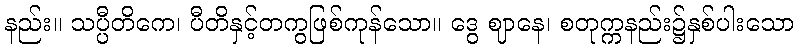
နည်း။ သပ္ပီတိကေ၊ ပီတိနှင့်တကွဖြစ်ကုန်သော။ ဒွေ ဈာနေ၊ စတုက္ကနည်း၌နှစ်ပါးသော